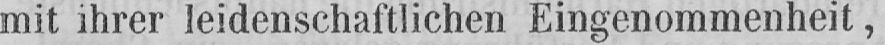
mit ihrer leidenschaftlichen Eingenommenheit,